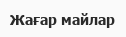
Жағар майлар